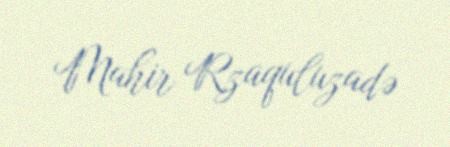
Mahir Rzaquluzadə